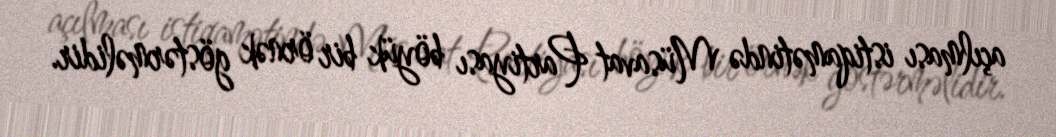
açılması istiqamətində Müsavat Partiyası böyük bir örnək göstərməlidir.